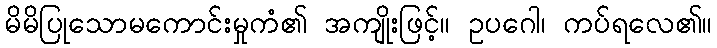
မိမိပြုသောမကောင်းမှုကံ၏ အကျိုးဖြင့်။ ဥပဂေါ၊ ကပ်ရလေ၏။